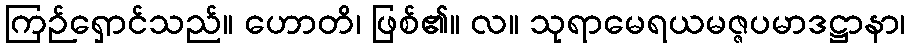
ကြဉ်ရှောင်သည်။ ဟောတိ၊ ဖြစ်၏။ လ။ သုရာမေရယမဇ္ဇပမာဒဋ္ဌာနာ၊